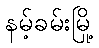
နမ့်ခမ်းမြို့